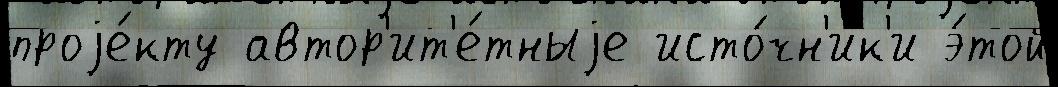
проjе́кту автор'ит'е́тныjе исто́чн'ик'и э́той